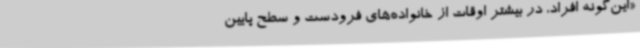
«این‌گونه افراد، در بیشتر اوقات از خانواده‌های فرودست و سطح پایین